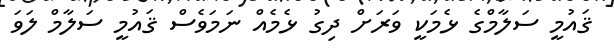
ޤައުމީ ސަލާމްގެ ޅެމަކީ ވަރަށް ދިގު ޅެމެއް ނަމަވެސް ޤައުމީ ސަލާމް ލަވަ